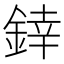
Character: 﨨